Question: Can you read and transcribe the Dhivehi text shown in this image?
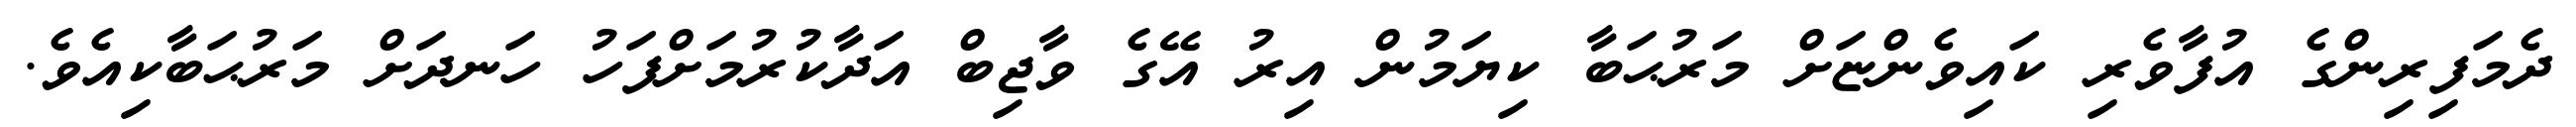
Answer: ދެމަފިރިންގެ އުފާވެރި ކައިވެންޏަށް މަރުޙަބާ ކިޔަމުން އިރު އޭގެ ވާޖިބް އަދާކުރުމަށްފަހު ހަނދަށް މަރުޙަބާކިއެވެ.